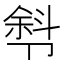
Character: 厁